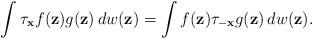
LaTeX: \begin{align*}\int \tau_{\mathbf{x}}f(\mathbf{z}) g(\mathbf{z})\,dw(\mathbf{z})=\int f(\mathbf{z})\tau_{-\mathbf{x}} g(\mathbf{z})\,dw(\mathbf{z}).\end{align*}